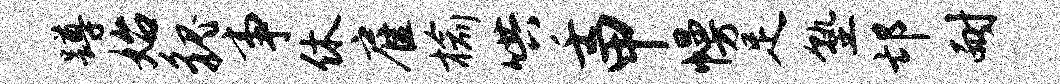
蹲始貌事休雇榆哄壬甲幔足塾邙耐